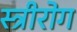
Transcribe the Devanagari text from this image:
स्‍त्रीरोग